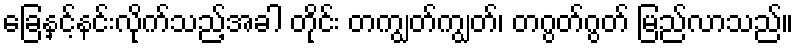
ခြေနှင့်နင်းလိုက်သည့်အခါ တိုင်း တကျွတ်ကျွတ်၊ တဂွတ်ဂွတ် မြည်လာသည်။